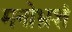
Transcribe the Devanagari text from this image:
मनोभ्रशं